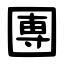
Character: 圑